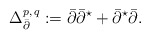
\begin{align*}\Delta^{p, \, q}_{\bar\partial}:= \bar\partial\bar{\partial}^{\star}+\bar{\partial}^{\star}\bar\partial.\end{align*}